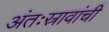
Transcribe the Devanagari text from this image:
अंतःस्रावांची